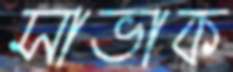
সাভাক